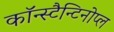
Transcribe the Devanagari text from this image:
कॉन्स्टैन्टिनोप्ल